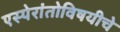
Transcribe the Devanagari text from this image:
एस्पेरांतोविषयीचे